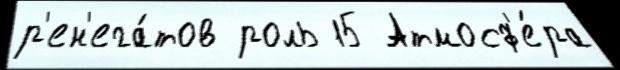
р'ен'ега́тов роль 15 Атмосф'е́ра